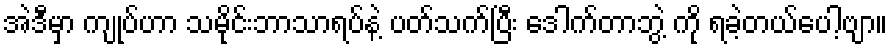
အဲဒီမှာ ကျုပ်ဟာ သမိုင်းဘာသာရပ်နဲ့ ပတ်သက်ပြီး ဒေါက်တာဘွဲ့ ကို ရခဲ့တယ်ပေါ့ဗျာ။